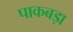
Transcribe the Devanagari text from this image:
पाकबड़ा